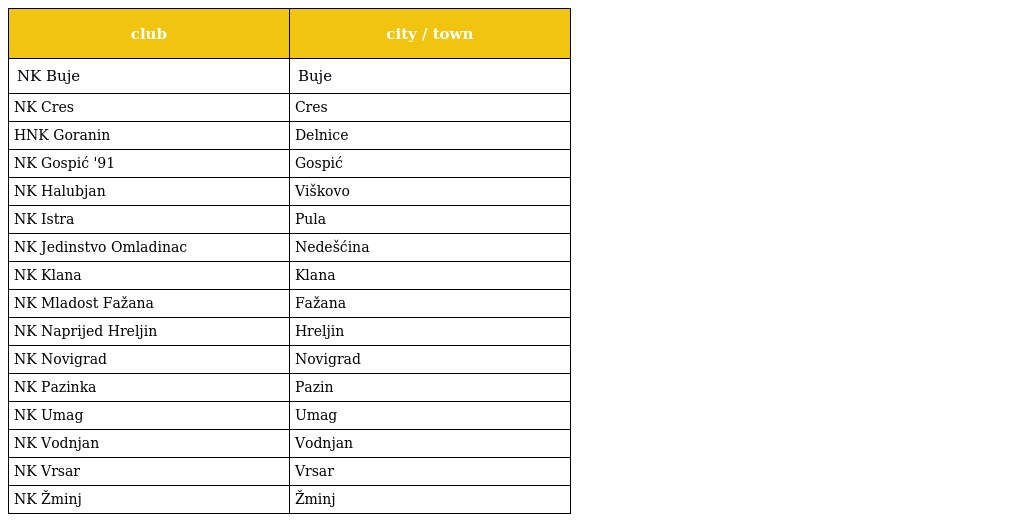
| club | city / town |
 | --- | --- |
 | NK Buje | Buje |
 | NK Cres | Cres |
 | HNK Goranin | Delnice |
 | NK Gospić '91 | Gospić |
 | NK Halubjan | Viškovo |
 | NK Istra | Pula |
 | NK Jedinstvo Omladinac | Nedešćina |
 | NK Klana | Klana |
 | NK Mladost Fažana | Fažana |
 | NK Naprijed Hreljin | Hreljin |
 | NK Novigrad | Novigrad |
 | NK Pazinka | Pazin |
 | NK Umag | Umag |
 | NK Vodnjan | Vodnjan |
 | NK Vrsar | Vrsar |
 | NK Žminj | Žminj |